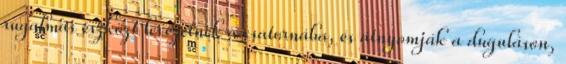
rugalmas eszközt levezetnek a csatornába, és átnyomják a duguláson,